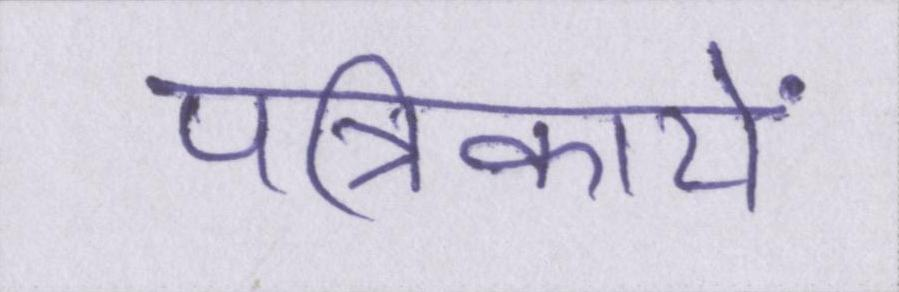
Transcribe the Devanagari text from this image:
पत्रिकायें